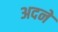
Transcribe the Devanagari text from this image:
अदने